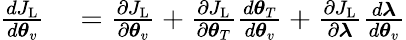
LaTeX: \begin{array}{rl}{\frac{dJ_{\mathrm{L}}}{d\boldsymbol{\theta}_{v}}}&{{}=\frac{\partial J_{\mathrm{L}}}{\partial\boldsymbol{\theta}_{v}}+\frac{\partial J_{\mathrm{L}}}{\partial\boldsymbol{\theta}_{T}}\frac{d\boldsymbol{\theta}_{T}}{d\boldsymbol{\theta}_{v}}+\frac{\partial J_{\mathrm{L}}}{\partial\boldsymbol{\lambda}}\frac{d\boldsymbol{\lambda}}{d\boldsymbol{\theta}_{v}}}\end{array}